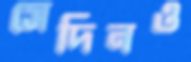
সেদিনও